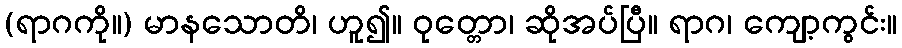
(ရာဂကို။) မာနသောတိ၊ ဟူ၍။ ဝုတ္တော၊ ဆိုအပ်ပြီ။ ရာဂ၊ ကျော့ကွင်း။